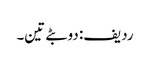
ردیف: دو بٹے تین۔